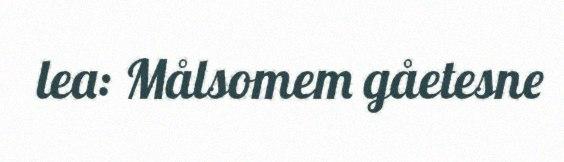
lea: Målsomem gåetesne